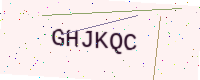
Text: GHJKQC